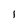
Character: I